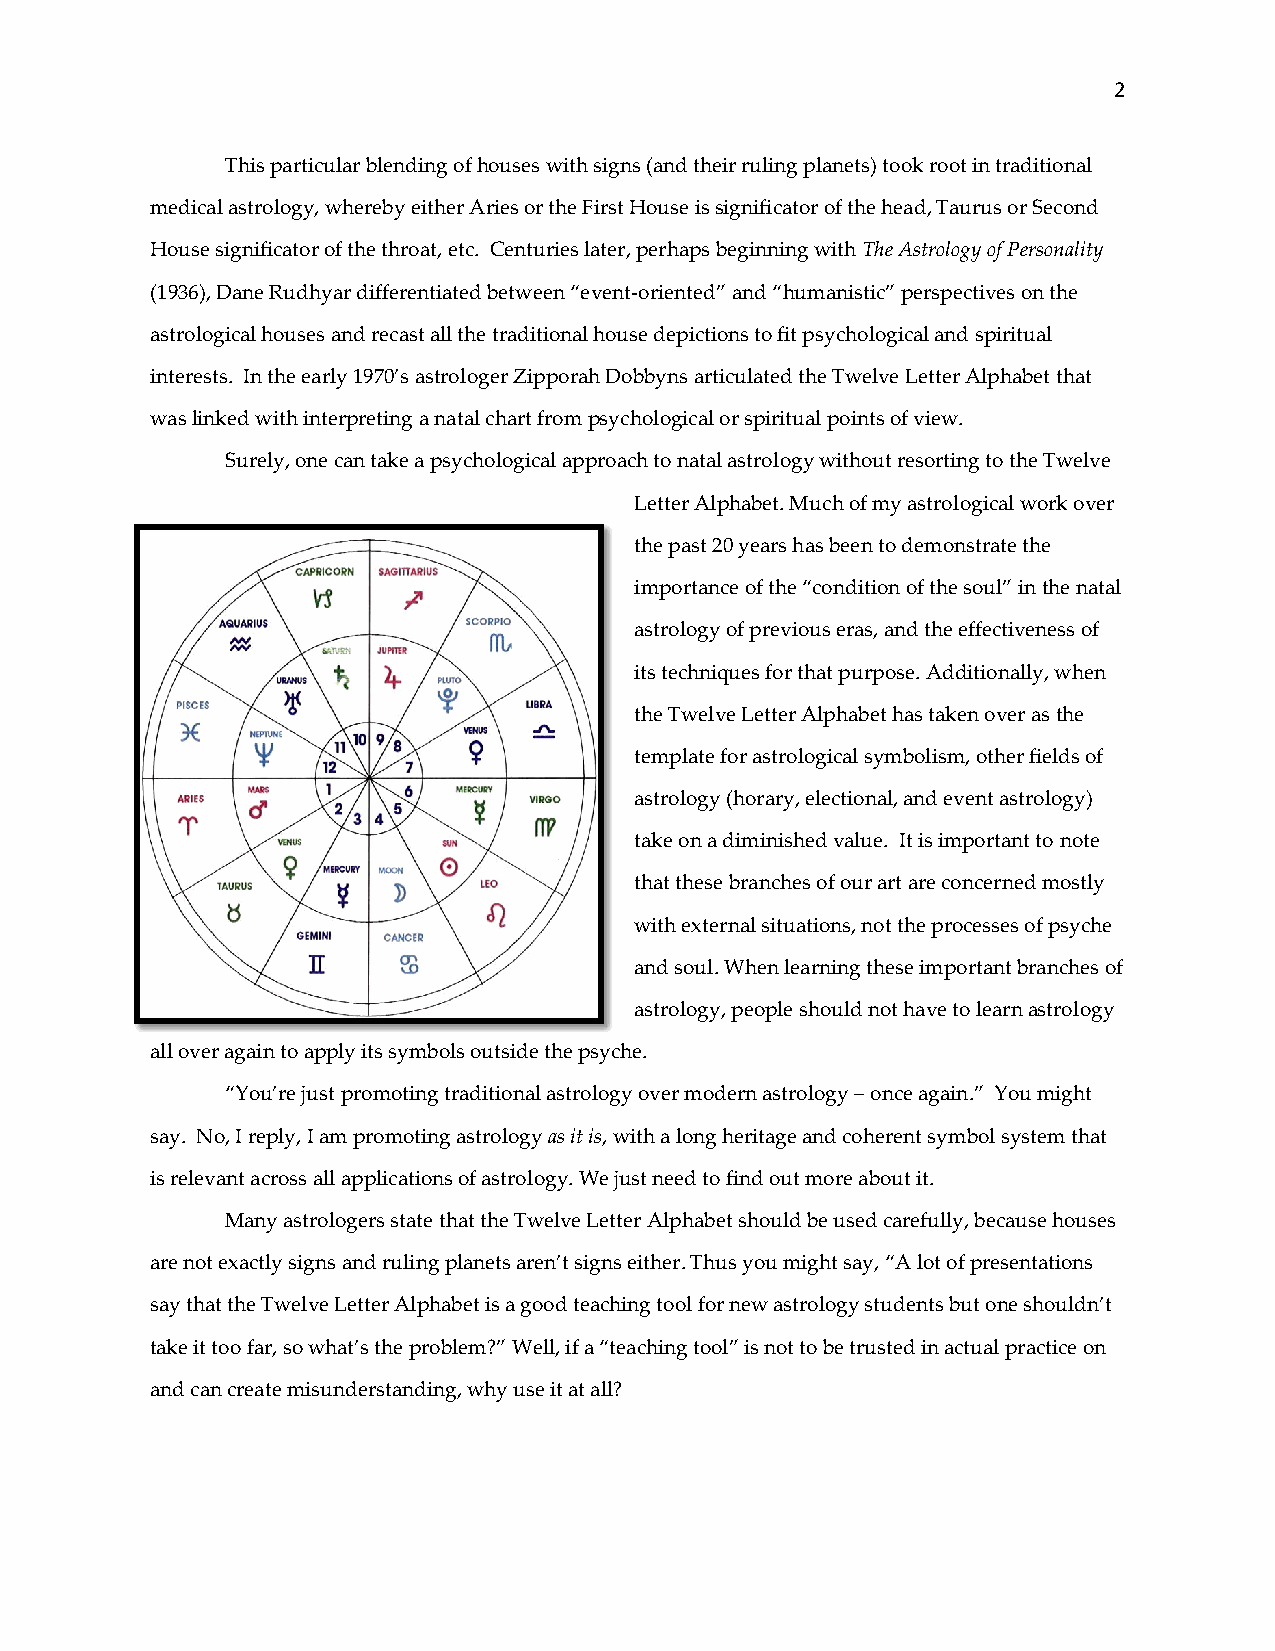
2
 This particular blending of houses with signs (and their ruling planets) took root in traditional
 medical astrology, whereby either Aries or the First House is significator of the head, Taurus or Second
 House significator of the throat, etc. Centuries later, perhaps beginning with The Astrology of Personality
 (1936), Dane Rudhyar differentiated between “event-oriented” and “humanistic” perspectives on the
 astrological houses and recast all the traditional house depictions to fit psychological and spiritual
 interests. In the early 1970’s astrologer Zipporah Dobbyns articulated the Twelve Letter Alphabet that
 was linked with interpreting a natal chart from psychological or spiritual points of view.
 Surely, one can take a psychological approach to natal astrology without resorting to the Twelve
 Letter Alphabet. Much of my astrological work over
 the past 20 years has been to demonstrate the
 importance of the “condition of the soul” in the natal
 astrology of previous eras, and the effectiveness of
 its techniques for that purpose. Additionally, when
 the Twelve Letter Alphabet has taken over as the
 template for astrological symbolism, other fields of
 astrology (horary, electional, and event astrology)
 take on a diminished value. It is important to note
 that these branches of our art are concerned mostly
 with external situations, not the processes of psyche
 and soul. When learning these important branches of
 astrology, people should not have to learn astrology
 all over again to apply its symbols outside the psyche.
 “You’re just promoting traditional astrology over modern astrology – once again.” You might
 say. No, I reply, I am promoting astrology as it is, with a long heritage and coherent symbol system that
 is relevant across all applications of astrology. We just need to find out more about it.
 Many astrologers state that the Twelve Letter Alphabet should be used carefully, because houses
 are not exactly signs and ruling planets aren’t signs either. Thus you might say, “A lot of presentations
 say that the Twelve Letter Alphabet is a good teaching tool for new astrology students but one shouldn’t
 take it too far, so what’s the problem?” Well, if a “teaching tool” is not to be trusted in actual practice on
 and can create misunderstanding, why use it at all?